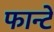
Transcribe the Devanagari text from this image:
फान्टे